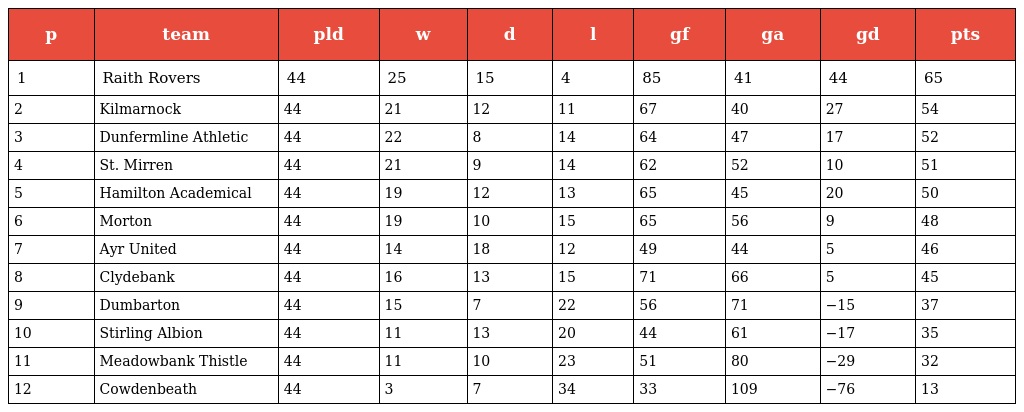
| p | team | pld | w | d | l | gf | ga | gd | pts |
 | --- | --- | --- | --- | --- | --- | --- | --- | --- | --- |
 | 1 | Raith Rovers | 44 | 25 | 15 | 4 | 85 | 41 | 44 | 65 |
 | 2 | Kilmarnock | 44 | 21 | 12 | 11 | 67 | 40 | 27 | 54 |
 | 3 | Dunfermline Athletic | 44 | 22 | 8 | 14 | 64 | 47 | 17 | 52 |
 | 4 | St. Mirren | 44 | 21 | 9 | 14 | 62 | 52 | 10 | 51 |
 | 5 | Hamilton Academical | 44 | 19 | 12 | 13 | 65 | 45 | 20 | 50 |
 | 6 | Morton | 44 | 19 | 10 | 15 | 65 | 56 | 9 | 48 |
 | 7 | Ayr United | 44 | 14 | 18 | 12 | 49 | 44 | 5 | 46 |
 | 8 | Clydebank | 44 | 16 | 13 | 15 | 71 | 66 | 5 | 45 |
 | 9 | Dumbarton | 44 | 15 | 7 | 22 | 56 | 71 | −15 | 37 |
 | 10 | Stirling Albion | 44 | 11 | 13 | 20 | 44 | 61 | −17 | 35 |
 | 11 | Meadowbank Thistle | 44 | 11 | 10 | 23 | 51 | 80 | −29 | 32 |
 | 12 | Cowdenbeath | 44 | 3 | 7 | 34 | 33 | 109 | −76 | 13 |